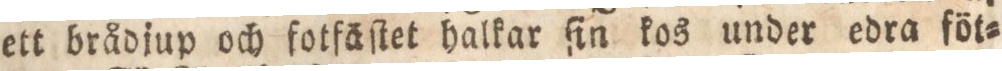
ett brådjup och fotfäſtet halkar ſin kos under edra föt=